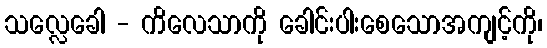
သလ္လေခေါ - ကိလေသာကို ခေါင်းပါးစေသောအကျင့်ကို၊